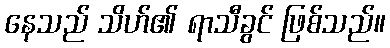
နေသည် သိဟ်၏ ရာသီခွင် ဖြစ်သည်။